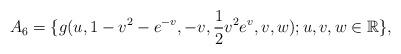
LaTeX: \begin{align*} A_6=\{g(u,1-v^{2}-e^{-v},-v,\frac{1}{2}v^{2}e^{v},v,w); u,v,w \in \mathbb R\}, \end{align*}